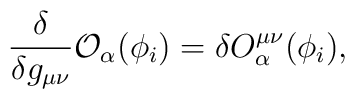
\frac{\delta}{\delta g_{\mu\nu}}{\cal O}_{\alpha}(\phi_i)=\delta O^{\mu\nu}_{\alpha}(\phi_i),